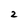
Character: 2